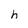
Character: h